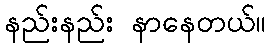
နည်းနည်း နာနေတယ်။